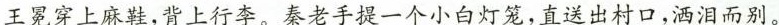
王冕穿上麻鞋，背上行李。秦老手提一个小白灯笼，直送出村口，洒泪而别，